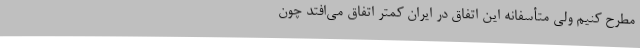
مطرح کنیم ولی متأسفانه این اتفاق در ایران کمتر اتفاق می‌افتد چون